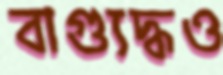
বাগ্যুদ্ধও